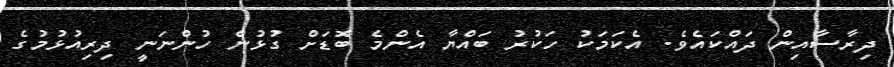
ދިރާސާއިން ދައްކައެވެ. އެކަމަކު ހަކުރު ބައްޔާ އެންމެ ބޮޑަށް ގުޅުން ހުންނަނީ ދިރިއުޅުމުގެ